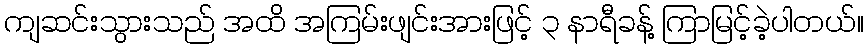
ကျဆင်းသွားသည် အထိ အကြမ်းဖျင်းအားဖြင့် ၃ နာရီခန့် ကြာမြင့်ခဲ့ပါတယ်။